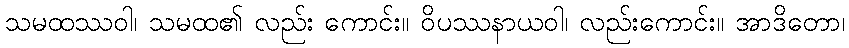
သမထဿဝါ၊ သမထ၏ လည်း ကောင်း။ ဝိပဿနာယဝါ၊ လည်းကောင်း။ အာဒိတော၊